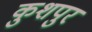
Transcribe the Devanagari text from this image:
कुशपुर